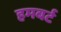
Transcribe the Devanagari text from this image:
हमबर्ट